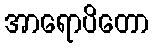
အာရောပိတော